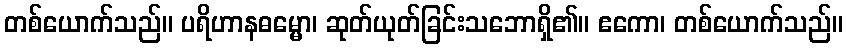
တစ်ယောက်သည်။ ပရိဟာနဓမ္မော၊ ဆုတ်ယုတ်ခြင်းသဘောရှိ၏။ ဧကော၊ တစ်ယောက်သည်။